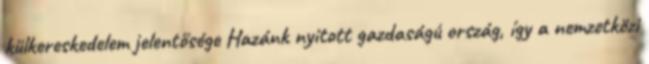
külkereskedelem jelentősége Hazánk nyitott gazdaságú ország, így a nemzetközi